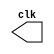
`timescale 1ns/1ns

module clk_generator (
    output reg clk = 0
);
    always #5 clk = ~clk;
endmodule